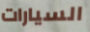
السيارات